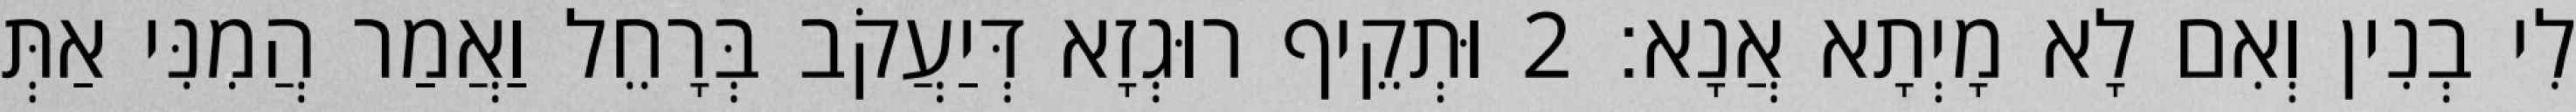
לִי בְנִין וְאִם לָא מָיְתָא אֲנָא׃ 2 וּתְקֵיף רוּגְזָא דְּיַעֲקֹב בְּרָחֵל וַאֲמַר הֲמִנִּי אַתְּ